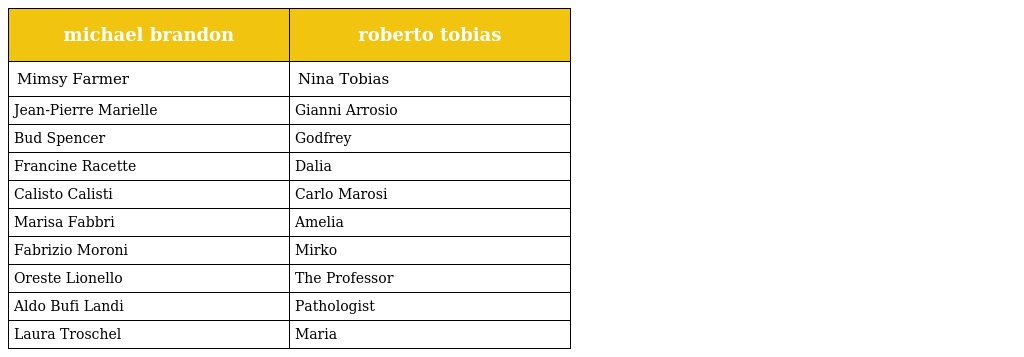
| michael brandon | roberto tobias |
 | --- | --- |
 | Mimsy Farmer | Nina Tobias |
 | Jean-Pierre Marielle | Gianni Arrosio |
 | Bud Spencer | Godfrey |
 | Francine Racette | Dalia |
 | Calisto Calisti | Carlo Marosi |
 | Marisa Fabbri | Amelia |
 | Fabrizio Moroni | Mirko |
 | Oreste Lionello | The Professor |
 | Aldo Bufi Landi | Pathologist |
 | Laura Troschel | Maria |